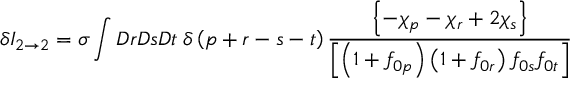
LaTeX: \delta I _ { 2 \rightarrow 2 } = \sigma \int D r D s D t \; \delta \left( p + r - s - t \right) \frac { \left\{ - \chi _ { p } - \chi _ { r } + 2 \chi _ { s } \right\} } { \left[ \left( 1 + f _ { 0 p } \right) \left( 1 + f _ { 0 r } \right) f _ { 0 s } f _ { 0 t } \right] }